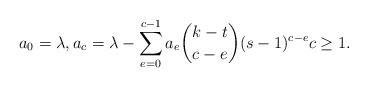
LaTeX: \begin{align*}a_0=\lambda, a_c=\lambda-\sum_{e=0}^{c-1} a_e {k-t \choose c-e}(s-1)^{c-e} c \geq 1. \end{align*}